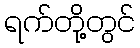
ရက်တို့တွင်